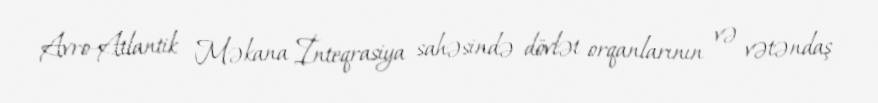
Avro-Atlantik Məkana İnteqrasiya sahəsində dövlət orqanlarının və vətəndaş